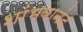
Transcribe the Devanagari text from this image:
शांभवानंद